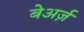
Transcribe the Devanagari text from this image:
बेअर्ज़